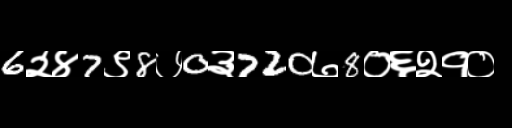
Text: 6२४7९8७0३720७8०६२१०